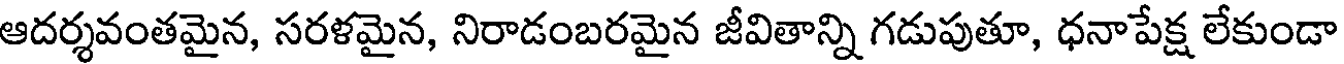
ఆదర్శవంతమైన, సరళమైన, నిరాడంబరమైన జీవితాన్ని గడుపుతూ, ధనాపేక్ష లేకుండా